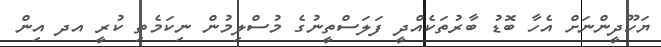
ޔަހޫދީންނަށް އެހާ ބޮޑު ބާރުތަކެއްދީ ފަލަސްތީނުގެ މުސްލިމުން ނިކަމެތި ކުރީ އދ އިން